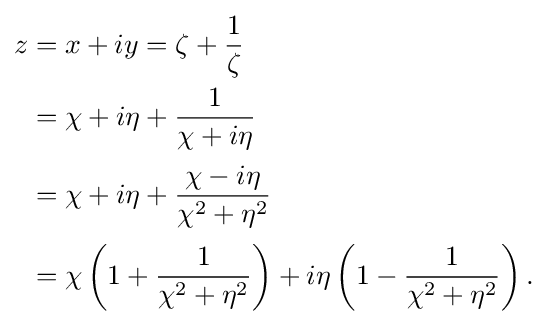
{\begin{aligned}z&=x+iy=\zeta +{\frac {1}{\zeta }}\\&=\chi +i\eta +{\frac {1}{\chi +i\eta }}\\[2pt]&=\chi +i\eta +{\frac {\chi -i\eta }{\chi ^{2}+\eta ^{2}}}\\[2pt]&=\chi \left(1+{\frac {1}{\chi ^{2}+\eta ^{2}}}\right)+i\eta \left(1-{\frac {1}{\chi ^{2}+\eta ^{2}}}\right).\end{aligned}}